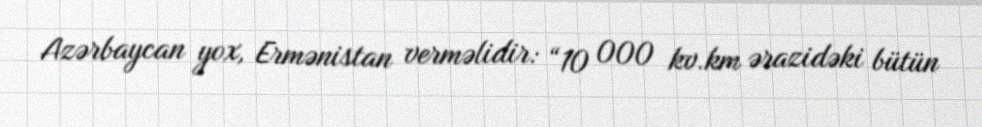
Azərbaycan yox, Ermənistan verməlidir: “10 000 kv.km ərazidəki bütün